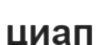
циап